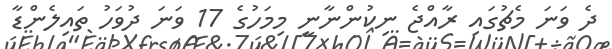
ދެ ވަނަ މެޗުގައި ރާއްޖެ ނިކުންނާނީ މިމަހުގެ 17 ވަނަ ދުވަހު ތައިލެންޑާ